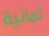
ثمانية